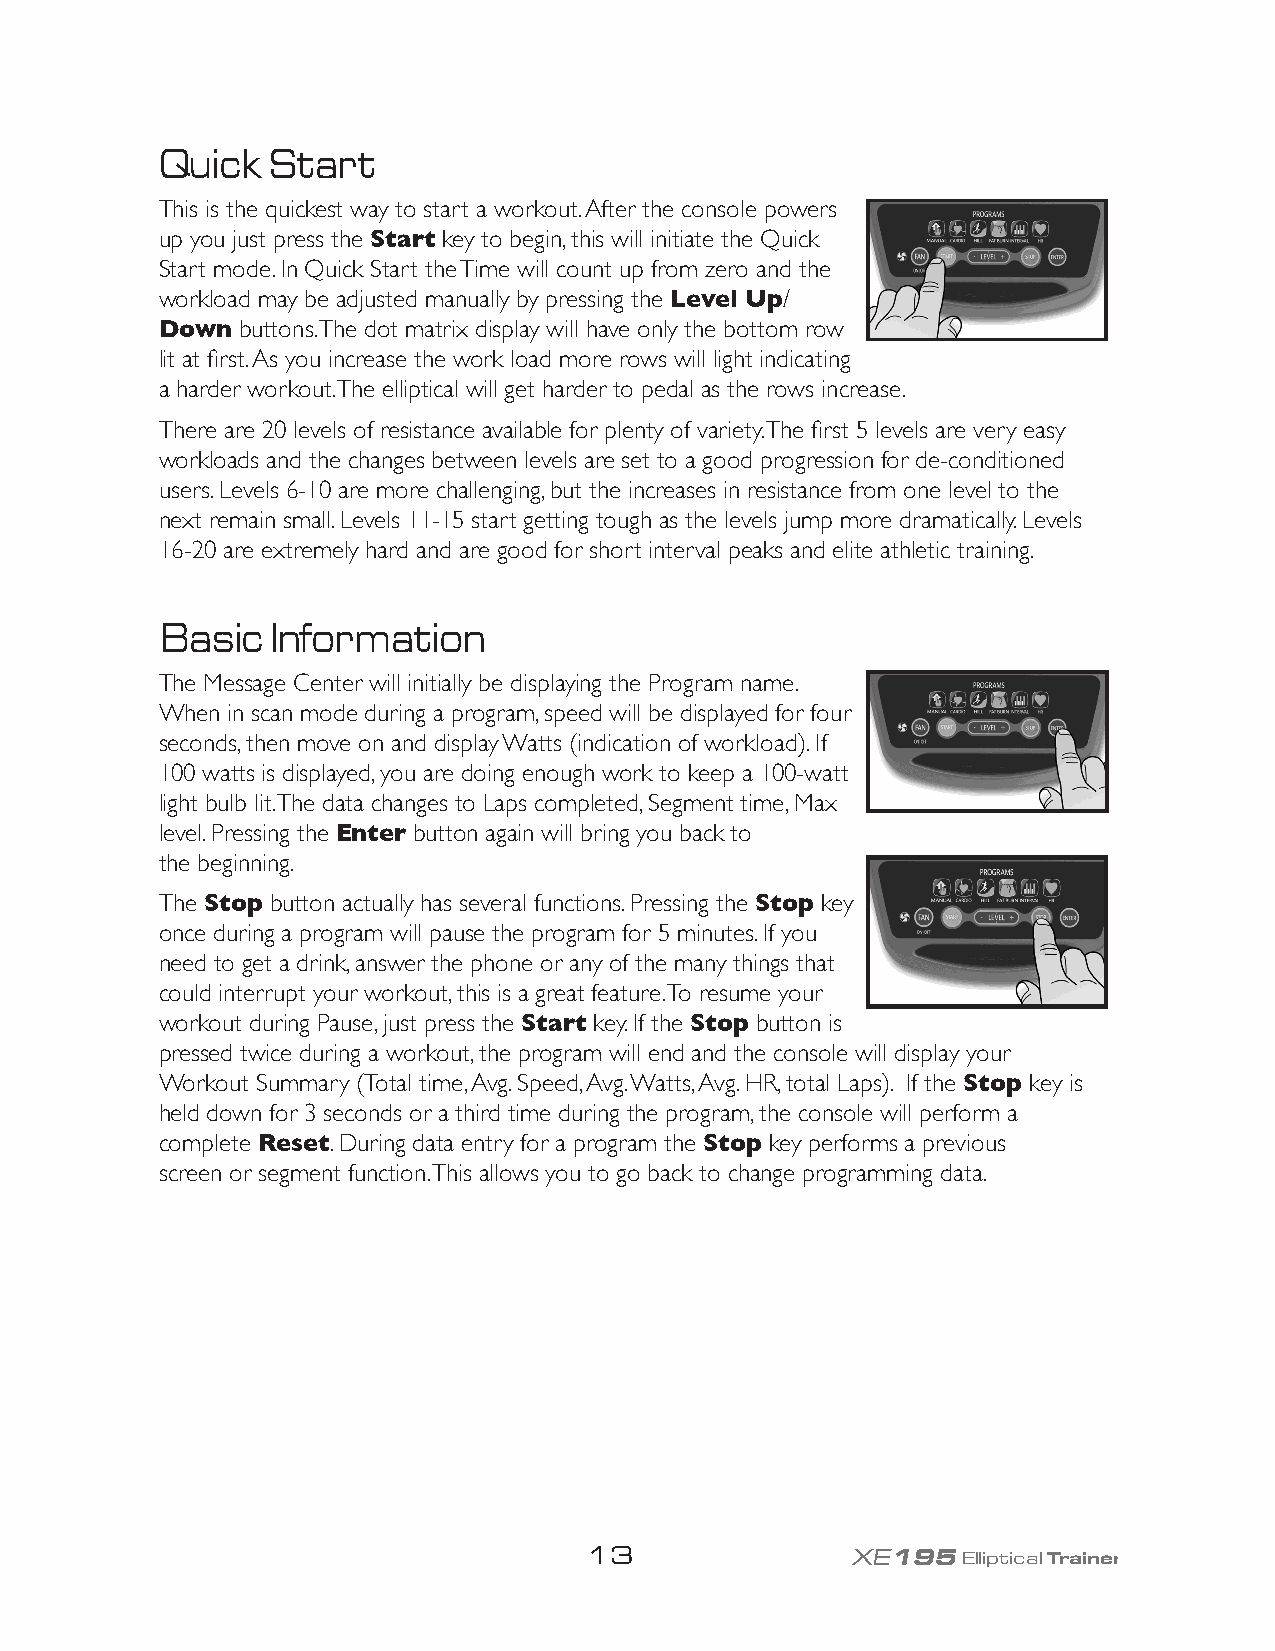
Quick  Start
 This is the quickest way to start a workout. After the console powers
 up you just press the Start key to begin, this will initiate the Quick
 Start mode. In Quick Start the Time will count up from zero and the
 workload may be adjusted manually by pressing the Level Up/
 Down buttons. The dot matrix display will have only the bottom row
 lit at first. As you increase the work load more rows will light indicating
 a harder workout. The elliptical will get harder to pedal as the rows increase.
 There are 20 levels of resistance available for plenty of variety. The first 5 levels are very easy
 workloads and the changes between levels are set to a good progression for de-conditioned
 users. Levels 6-10 are more challenging, but the increases in resistance from one level to the
 next remain small. Levels 11-15 start getting tough as the levels jump more dramatically. Levels
 16-20 are extremely hard and are good for short interval peaks and elite athletic training.
 Basic  Information
 The Message Center will initially be displaying the Program name.
 When in scan mode during a program, speed will be displayed for four
 seconds, then move on and display Watts (indication of workload). If
 100 watts is displayed, you are doing enough work to keep a 100-watt
 light bulb lit. The data changes to Laps completed, Segment time, Max
 level. Pressing the Enter button again will bring you back to
 the beginning.
 The Stop button actually has several functions. Pressing the Stop key
 once during a program will pause the program for 5 minutes. If you
 need to get a drink, answer the phone or any of the many things that
 could interrupt your workout, this is a great feature. To resume your
 workout during Pause, just press the Start key. If the Stop button is
 pressed twice during a workout, the program will end and the console will display your
 Workout Summary (Total time, Avg. Speed, Avg. Watts, Avg. HR, total Laps). If the Stop key is
 held down for 3 seconds or a third time during the program, the console will perform a
 complete Reset. During data entry for a program the Stop key performs a previous
 screen or segment function. This allows you to go back to change programming data.
 13               XE195Elliptical Trainer